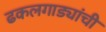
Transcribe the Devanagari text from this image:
ढकलगाड्यांची